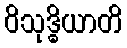
ဝိသုဒ္ဓိယာတိ